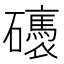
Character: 䃵